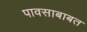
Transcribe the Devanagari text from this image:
पावसाबाबत